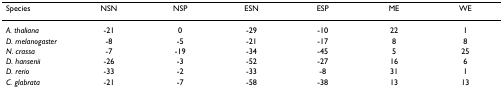
<table><thead><tr><td><b>Species</b></td><td><b>NSN</b></td><td><b>NSP</b></td><td><b>ESN</b></td><td><b>ESP</b></td><td><b>ME</b></td><td><b>WE</b></td></tr></thead><tbody><tr><td><i>A. thaliana</i></td><td>-21</td><td>0</td><td>-29</td><td>-10</td><td>22</td><td>1</td></tr><tr><td><i>D. melanogaster</i></td><td>-8</td><td>-5</td><td>-21</td><td>-17</td><td>8</td><td>8</td></tr><tr><td><i>N. crassa</i></td><td>-7</td><td>-19</td><td>-34</td><td>-45</td><td>5</td><td>25</td></tr><tr><td><i>D. hansenii</i></td><td>-26</td><td>-3</td><td>-52</td><td>-27</td><td>16</td><td>6</td></tr><tr><td><i>D. rerio</i></td><td>-33</td><td>-2</td><td>-33</td><td>-8</td><td>31</td><td>1</td></tr><tr><td><i>C. glabrata</i></td><td>-21</td><td>-7</td><td>-58</td><td>-38</td><td>13</td><td>13</td></tr></tbody></table>